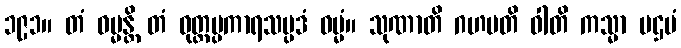
၁၉၁။ တံ ဓမ္မန္တိ တံ ဝုတ္တပ္ပကာရသမ္ပဒံ ဓမ္မံ။ သုဏာတိ ဂဟပတိ ဝါတိ ကသ္မာ ပဌမံ